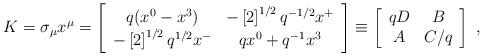
LaTeX: \begin{align*}K = \sigma_{\mu} x^{\mu} =\left[\begin{array}{cc}q(x^{0} - x^{3}) & -\left[2\right]^{1/2} q^{-1/2} x^{+}\\-\left[2\right]^{1/2}q^{1/2} x^{-} & q x^{0} + q^{-1} x^{3}\end{array}\right] \equiv\left[\begin{array}{cc}qD & B\\A & C/q\end{array}\right]\;,\end{align*}